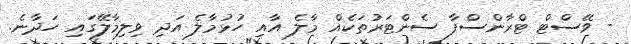
- ވޭސްޓް ޓްރާންސްފާ ސެންޓަރުތަކެއް މާލެ އާއި ހުޅުމާލެ އަދި ވިލިމާލޭގައި ހަދާނެ.